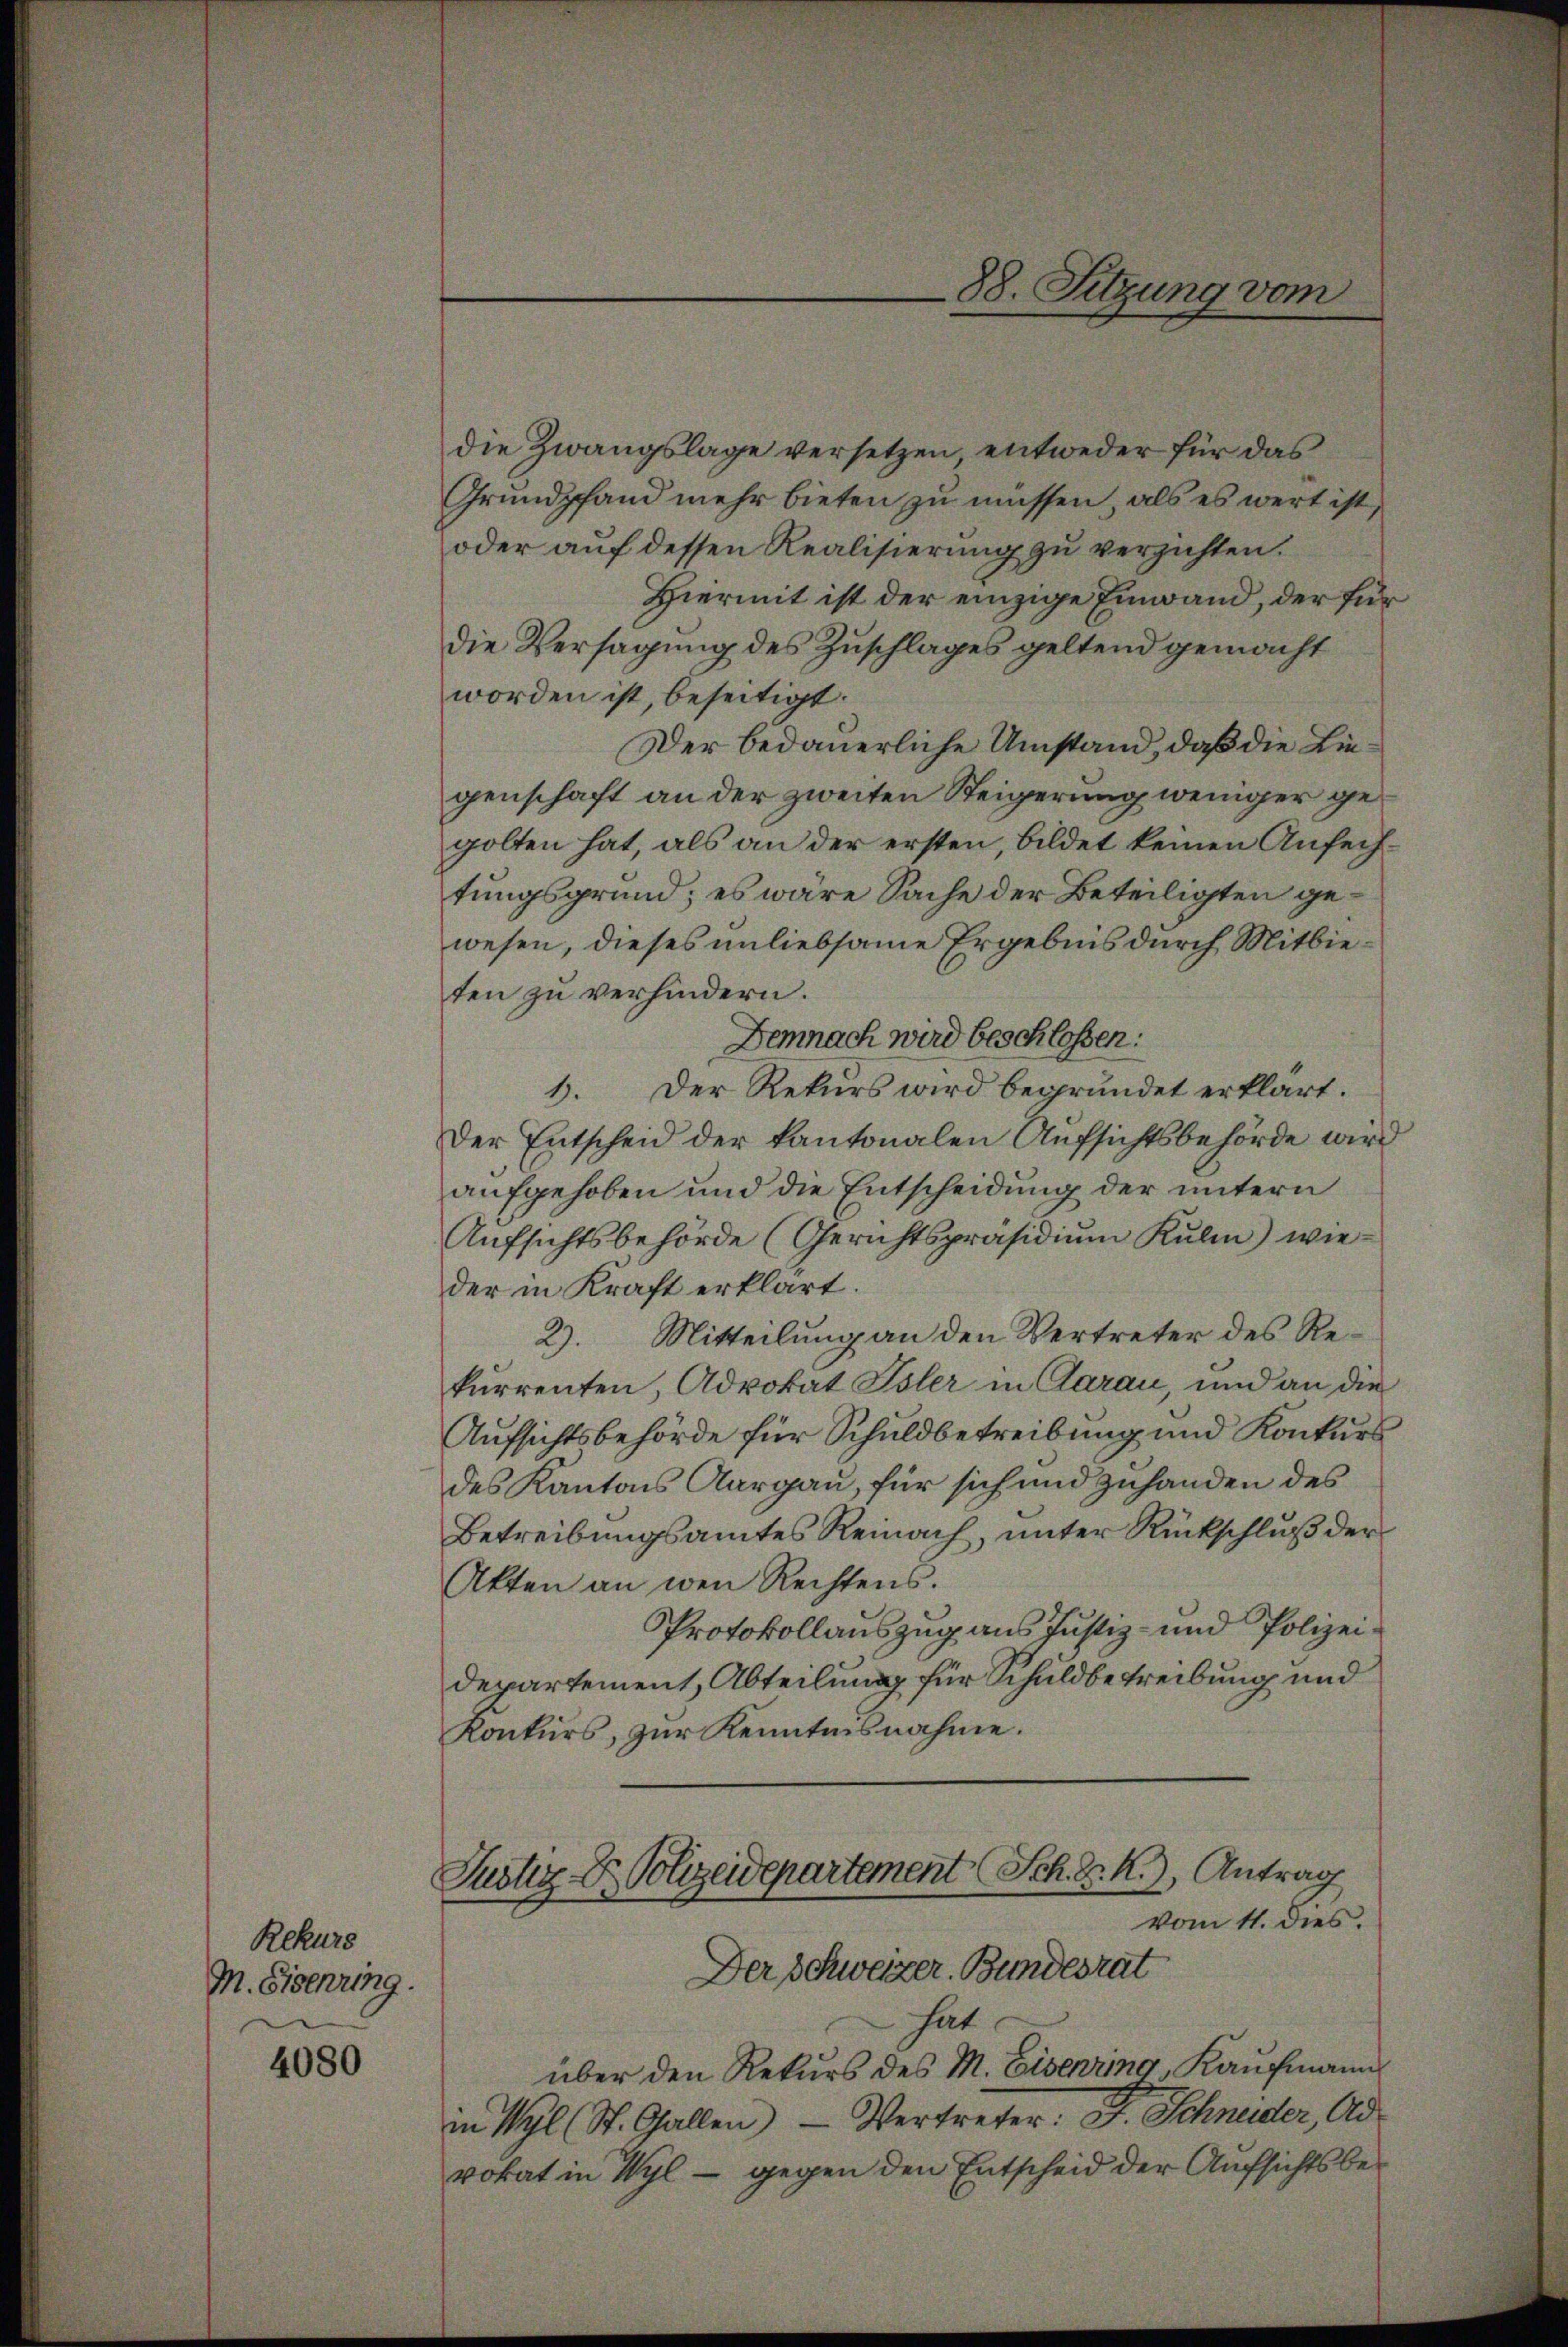
Rekurs
M. Eisenring.

4080

die Zwangslage versetzen, entweder für das
Grundpfand mehr bieten zu müssen, als es wert ist,
oder auf dessen Realisierung zu verzichten.
Hiermit ist der einzige Einwand, der für
die Versagung des Zuschlages geltend gemacht
worden ist, beseitigt.
Der bedauerliche Umstand, daß die Liegenschaft an der zweiten Steigerung weniger gegolten hat, als an der ersten, bildet keinen Anfechtungsgrund; es wäre Sache der Beteiligten gewesen, dieses unliebsame Ergebnis durch Mitbieten zu verhindern.
Demnach wird beschlossen:
1. Der Rekurs wird begründet erklärt.
Der Entscheid der kantonalen Aufsichtsbehörde wird
aufgehoben und die Entscheidung der untern
Aufsichtsbehörde (Gerichtspräsidiŭm Kulm) wieder in Kraft erklärt.
2). Mitteilung an den Vertreter des Rekurrenten, Advokat Isler in Aarau, und an die
Aufsichtsbehörde für Schuldbetreibung und Konkurs
des Kantons Aargau, für sich und zuhanden des
Betreibungsamtes Reinach, unter Rückschluß der
Akten an wen Rechtens.
Protokollauszug aus Justiz- und Polizeidepartement, Abteilung für Schuldbetreibung und
Konkurs, zur Kenntnisnahme.

88. Sitzung vom

Justiz Dr. Polizeidepartement Sch. D. R.), Antrag
vom 11. dies.
Der Schweizer. Bundesrat

hat
über den Rekurs des M. Eisenring, Kaufmann
in Wyl (St. Gallen Vertreter: F. Schneider, Ad
vokat in Wyl - gegen den Entscheid der Aufsichtsbe¬